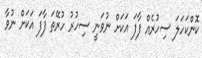
ކޮންކަހަލަ ސިހުރެއް ފާފަ އަކަށް ނުވަނީ ސިހުރު ހުރޭތަ ފާފަ އަކަށް ނުވާ